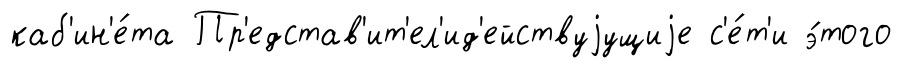
каб'ин'е́та Пр'едстав'ит'ел'ид'ействуjущиjе с'е́т'и э́того